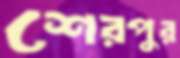
শেরপুর